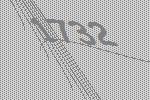
1732